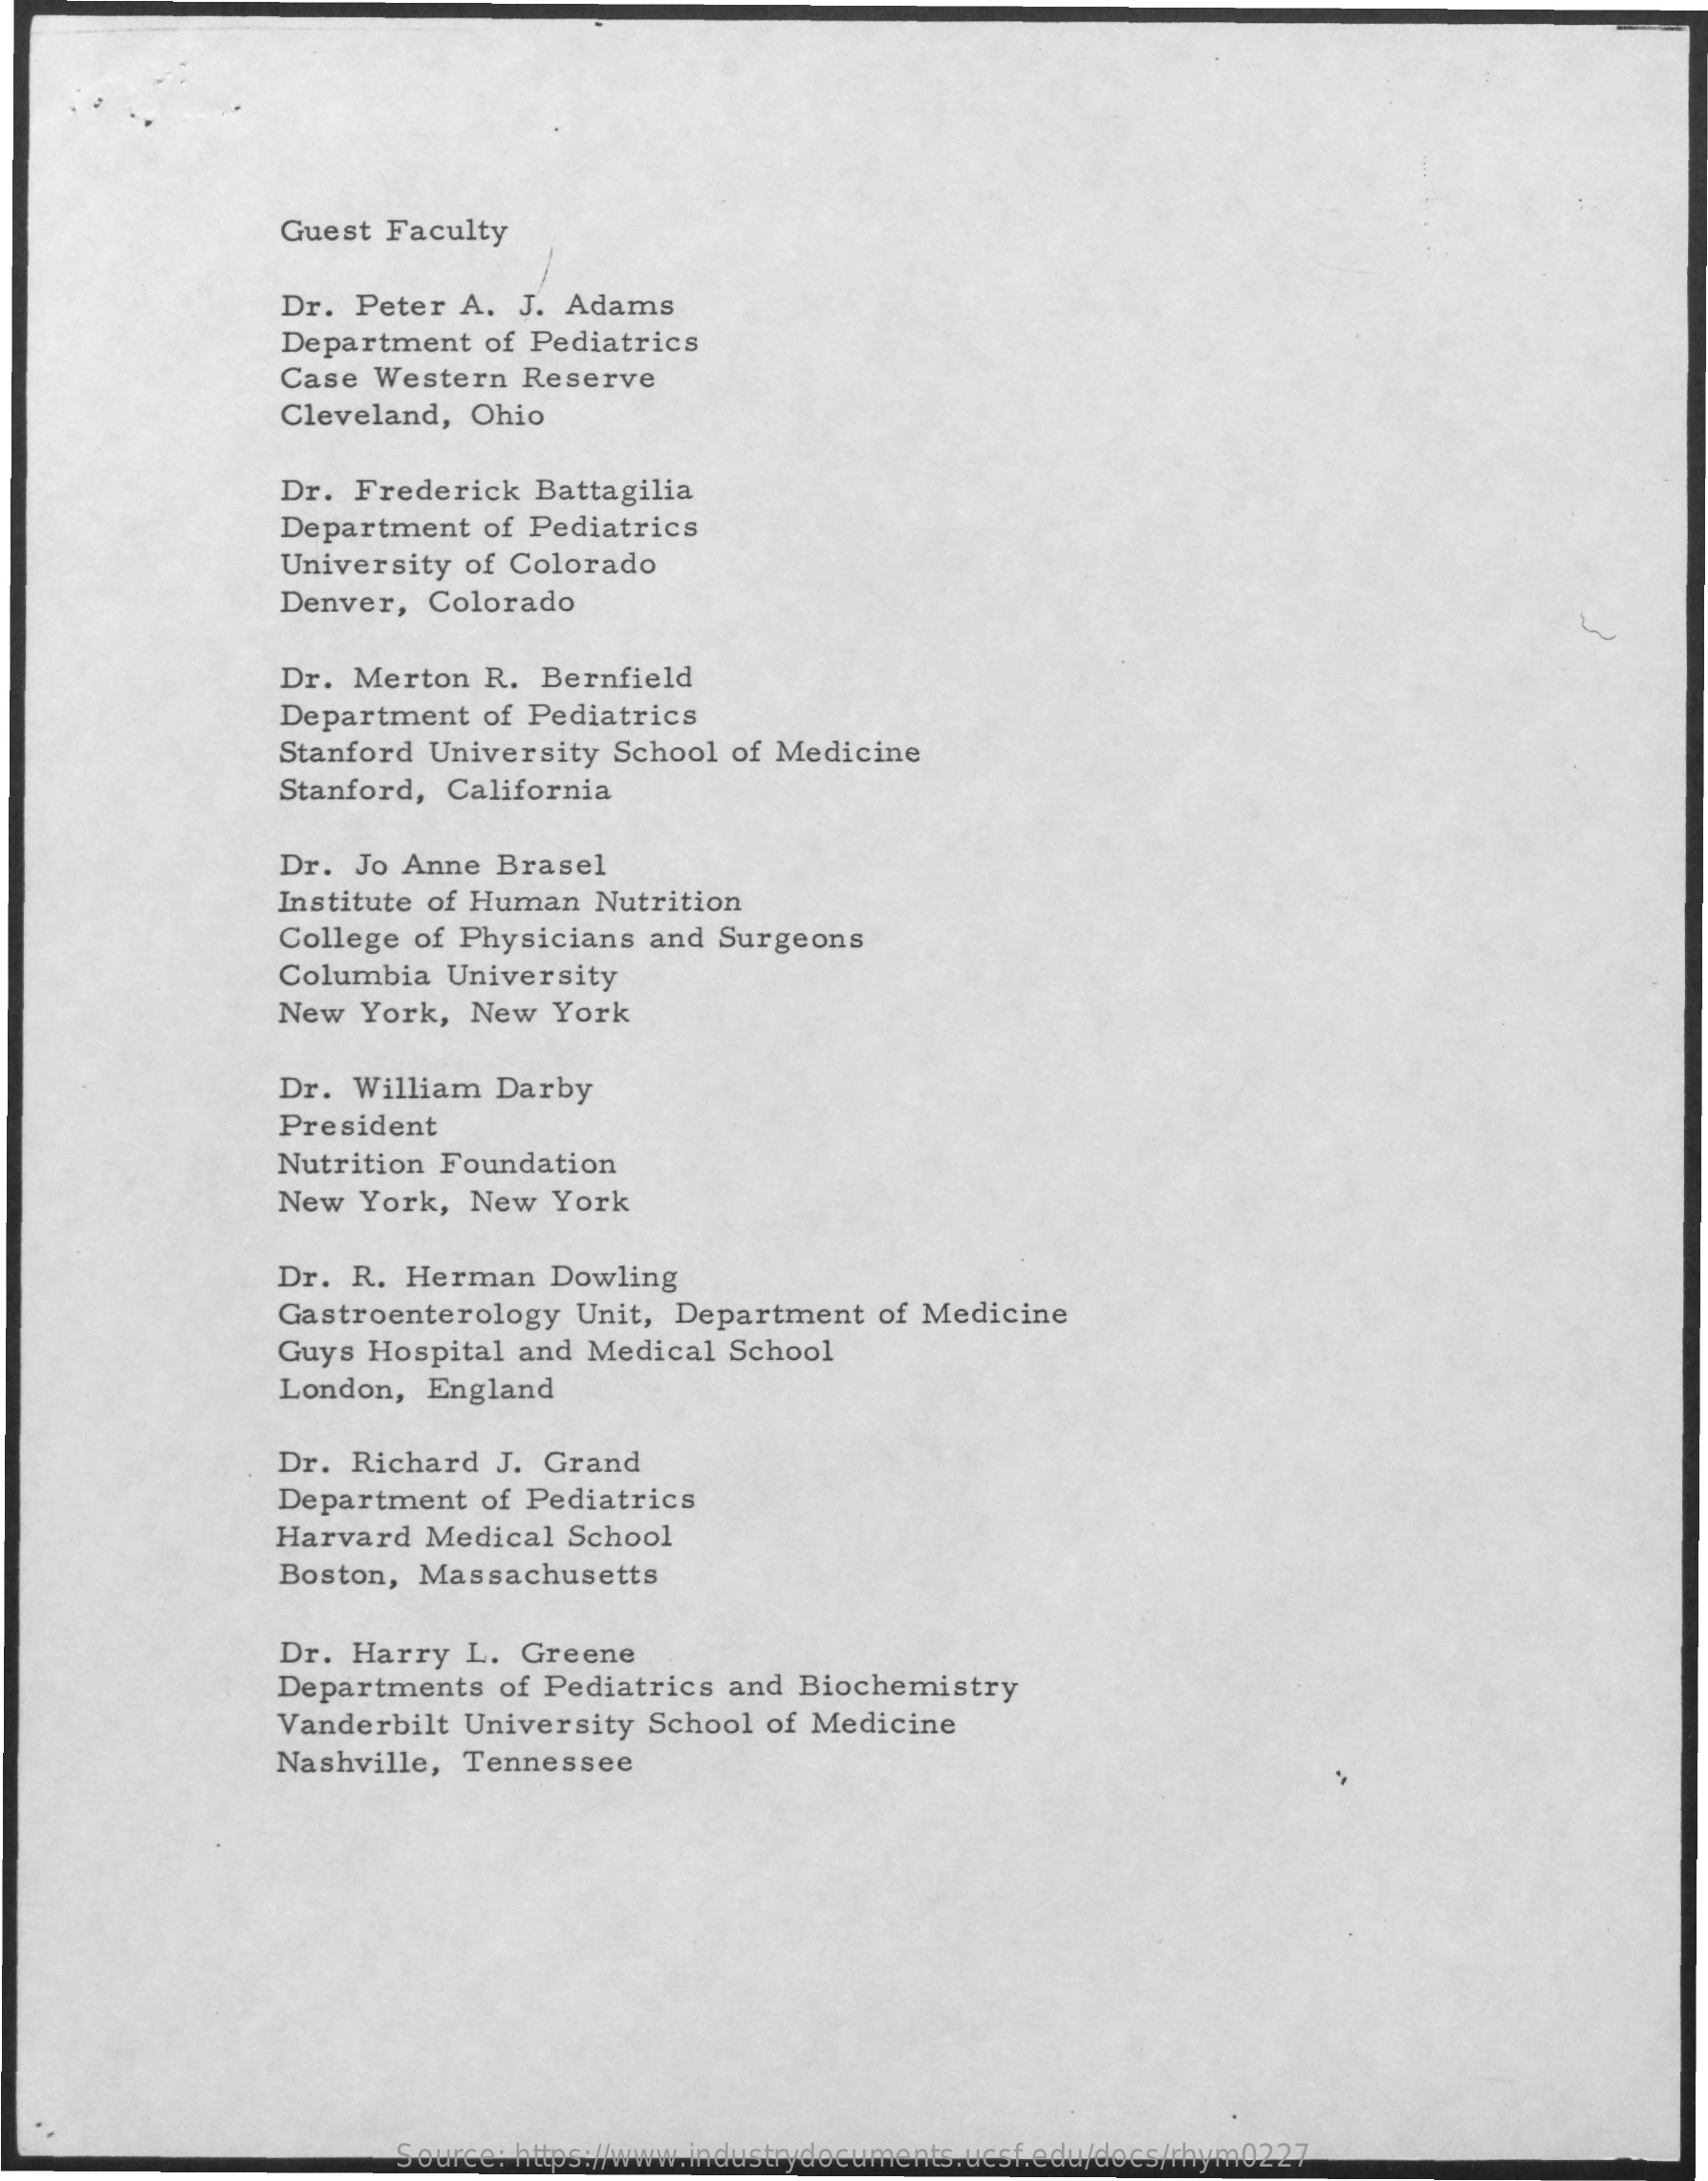
Guest  Faculty
     Dr.  Peter  A.  J. Adams
     Department   of Pediatrics
     Case  Western   Reserve
     Cleveland,  Ohio
     Dr.  Frederick   Battagilia
     Department   of Pediatrics
     University  of Colorado
     Denver,   Colorado
     Dr.  Merton  R.  Bernfield
     Department   of Pediatrics
     Stanford  University  School of Medicine
     Stanford,  California
     Dr.  Jo Anne  Brasel
     Institute of Human  Nutrition
     College  of Physicians  and Surgeons
     Columbia   University
     New  York,  New   York
     Dr.  William  Darby
     President
     Nutrition Foundation
     New  York,  New   York
     Dr. R.  Herman   Dowling
     Gastroenterology   Unit,  Department   of Medicine
     Guys  Hospital and  Medical  School
     London,   England
     Dr.  Richard  J. Grand
     Department   of Pediatrics
     Harvard  Medical   School
     Boston,  Massachusetts
     Dr.  Harry  L.  Greene
     Departments   of Pediatrics  and Biochemistry
     Vanderbilt  University  School of Medicine
     Nashville,  Tennessee
     Source: https://www.industrydocuments.ucsf.edu/docs/rhym0227